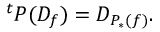
{ } ^ { t } P ( D _ { f } ) = D _ { P _ { * } ( f ) } .